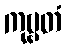
ကုဗ္ဗတံ